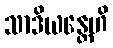
သာဒိယန္တေဟိ